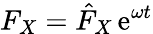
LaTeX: F_{X}=\hat{F}_{X}\, \mathrm{e}^{\omega t}